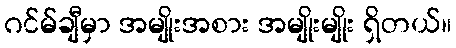
ဂင်မ်ချီမှာ အမျိုးအစား အမျိုးမျိုး ရှိတယ်။